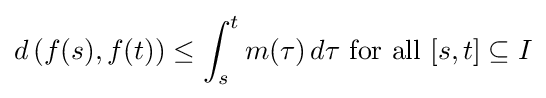
d\left(f(s),f(t)\right)\leq \int _{s}^{t}m(\tau )\,d\tau {\text{ for all }}[s,t]\subseteq I